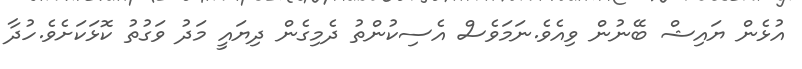
އުޅެން ޔައިޝް ބޭނުން ވިއެވެ.ނަމަވެސް އެސިކުންތު ދެމިގެން ދިޔައީ މަދު ވަގުތު ކޮޅަކަށެވެ.ހުދާ